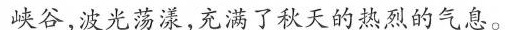
峡谷,波光荡漾,充满了秋天的热烈的气息。